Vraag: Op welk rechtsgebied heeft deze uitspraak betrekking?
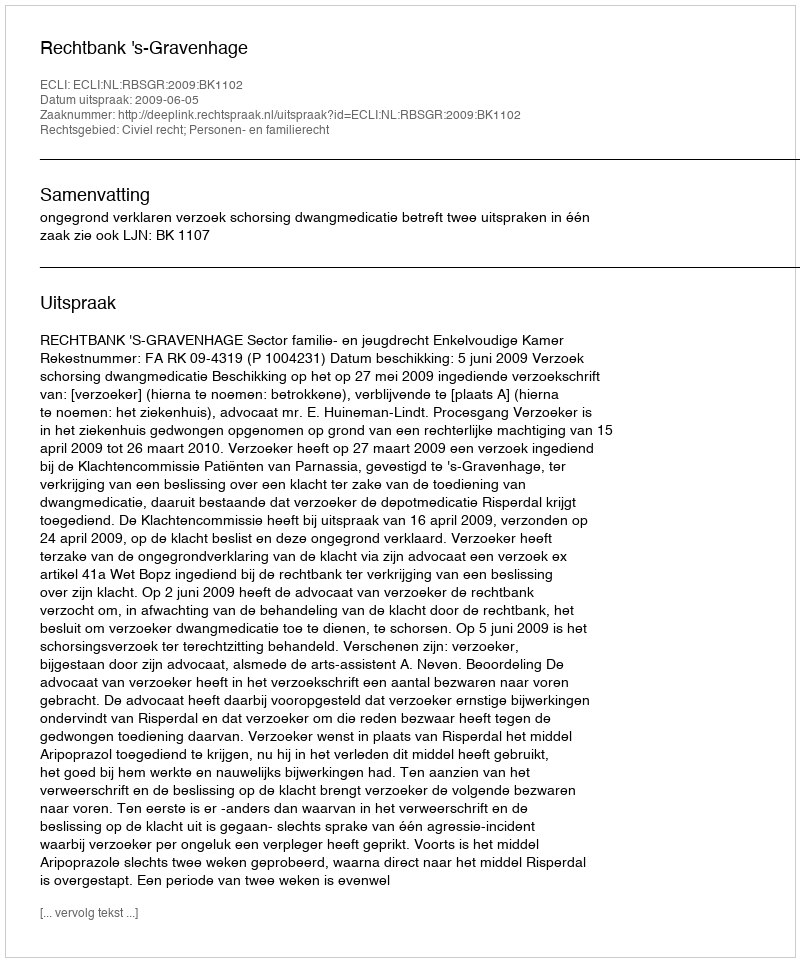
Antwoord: Civiel recht; Personen- en familierecht